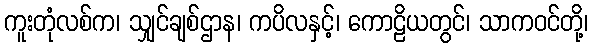
ကူးတုံလစ်က၊ သျှင်ချစ်ဌာန၊ ကပိလနှင့်၊ ကောဠိယတွင်၊ သာကဝင်တို့၊